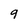
Character: 9